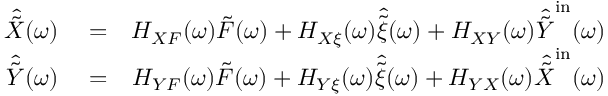
\begin{array} { r l r } { \hat { \tilde { X } } ( \omega ) } & { { } = } & { H _ { X F } ( \omega ) \tilde { F } ( \omega ) + H _ { X \xi } ( \omega ) \hat { \tilde { \xi } } ( \omega ) + H _ { X Y } ( \omega ) \hat { \tilde { Y } } ^ { \mathrm { i n } } ( \omega ) } \\ { \hat { \tilde { Y } } ( \omega ) } & { { } = } & { H _ { Y F } ( \omega ) \tilde { F } ( \omega ) + H _ { Y \xi } ( \omega ) \hat { \tilde { \xi } } ( \omega ) + H _ { Y X } ( \omega ) \hat { \tilde { X } } ^ { \mathrm { i n } } ( \omega ) } \end{array}